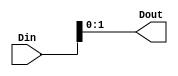
module RAT_slice_17_13_0
   (Din,
    Dout);
  input [17:0]Din;
  output [1:0]Dout;

  wire [17:0]Din;

  assign Dout[1:0] = Din[1:0];
endmodule